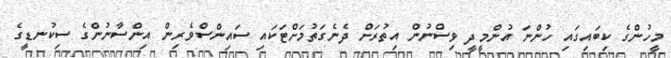
މީހުންގެ ކިބައިގައި ހުންނަ އުންމީދީ ވިސްނުން އިތުރަށް ދެނެގަތުމަށްޓަކައި ސައިންސްވެރިން އިންސާނުންގެ ސިކުނޑީގެ